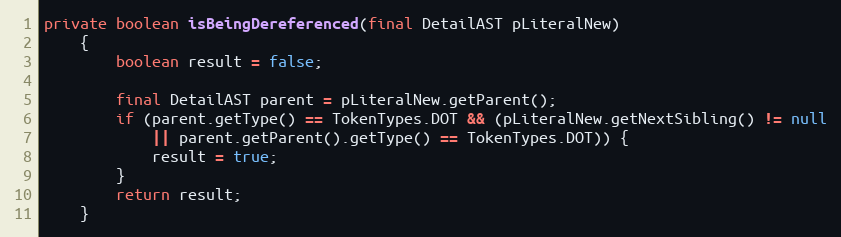
Language: Java
private boolean isBeingDereferenced(final DetailAST pLiteralNew)
    {
        boolean result = false;

        final DetailAST parent = pLiteralNew.getParent();
        if (parent.getType() == TokenTypes.DOT && (pLiteralNew.getNextSibling() != null
            || parent.getParent().getType() == TokenTypes.DOT)) {
            result = true;
        }
        return result;
    }